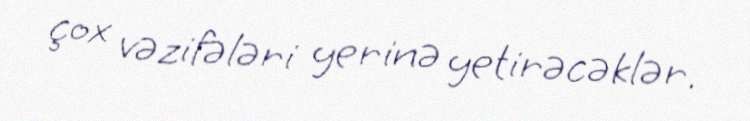
çox vəzifələri yerinə yetirəcəklər.